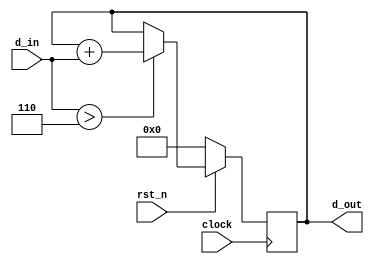
module lab_006_acc (
  input rst_n, clock,
  input [3:0] d_in,
  output reg [7:0] d_out
);

  always @( posedge clock ) begin
    if( !rst_n ) begin
      d_out <= 0;
    end
    else if( d_in > 6 ) begin
      d_out <= d_out + d_in;
    end
  end
endmodule